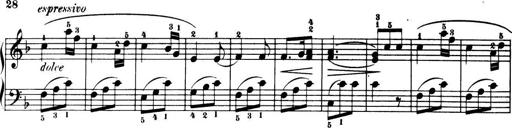
Title: 32 Sonatinas and Rondos for the Piano
Composer: Richard Kleinmichel